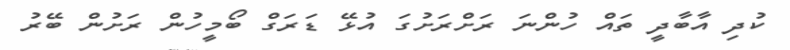
ކުދި އާބާދީ ތައް ހުންނަ ރަށްރަށުގަ އުޅޭ ޑަރަގް ބޯމީހުން ރަށުން ބޭރު